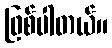
ဖြစ်ပါတယ်။